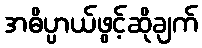
အဓိပ္ပာယ်ဖွင့်ဆိုချက်